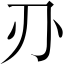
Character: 刅